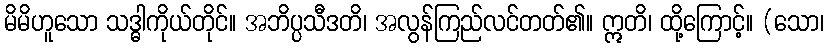
မိမိဟူသော သဒ္ဓါကိုယ်တိုင်။ အဘိပ္ပသီဒတိ၊ အလွန်ကြည်လင်တတ်၏။ ဣတိ၊ ထို့ကြောင့်။ (သော၊